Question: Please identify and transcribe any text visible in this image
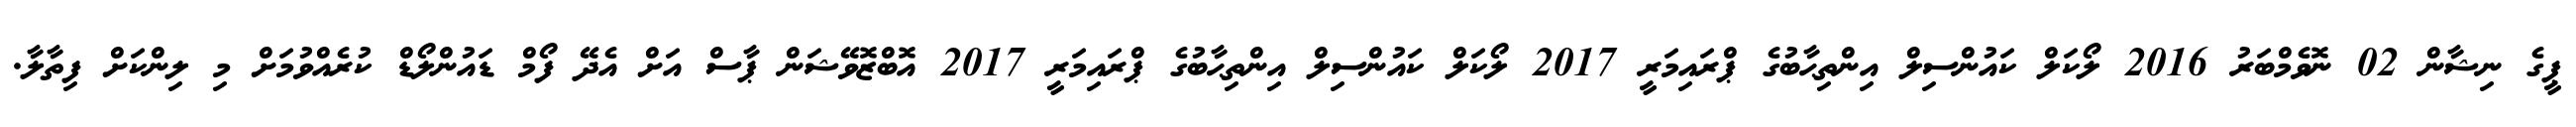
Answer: ޕީގެ ނިޝާން 02 ނޮވެމްބަރު 2016 ލޯކަލް ކައުންސިލް އިންތިޙާބުގެ ޕްރައިމަރީ 2017 ލޯކަލް ކައުންސިލް އިންތިޙާބުގެ ޕްރައިމަރީ 2017 އޮބްޒޮވޭޝަން ޕާސް އަށް އެދޭ ފޯމް ޑައުންލޯޑް ކުރެއްވުމަށް މި ލިންކަށް ފިތާލާ.